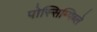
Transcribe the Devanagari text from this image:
पोस्सिम्पिब्ले